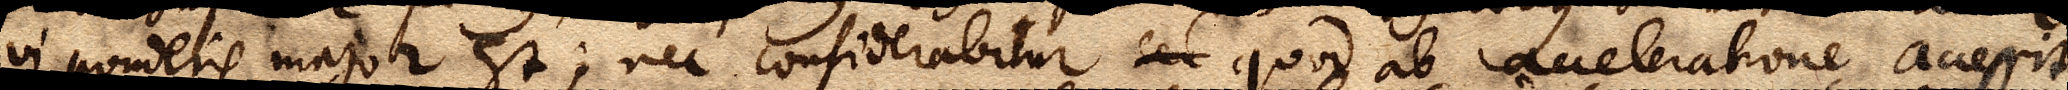
vi ponderis major est; nec considerabitur sed quod ab acceleratione accessit.